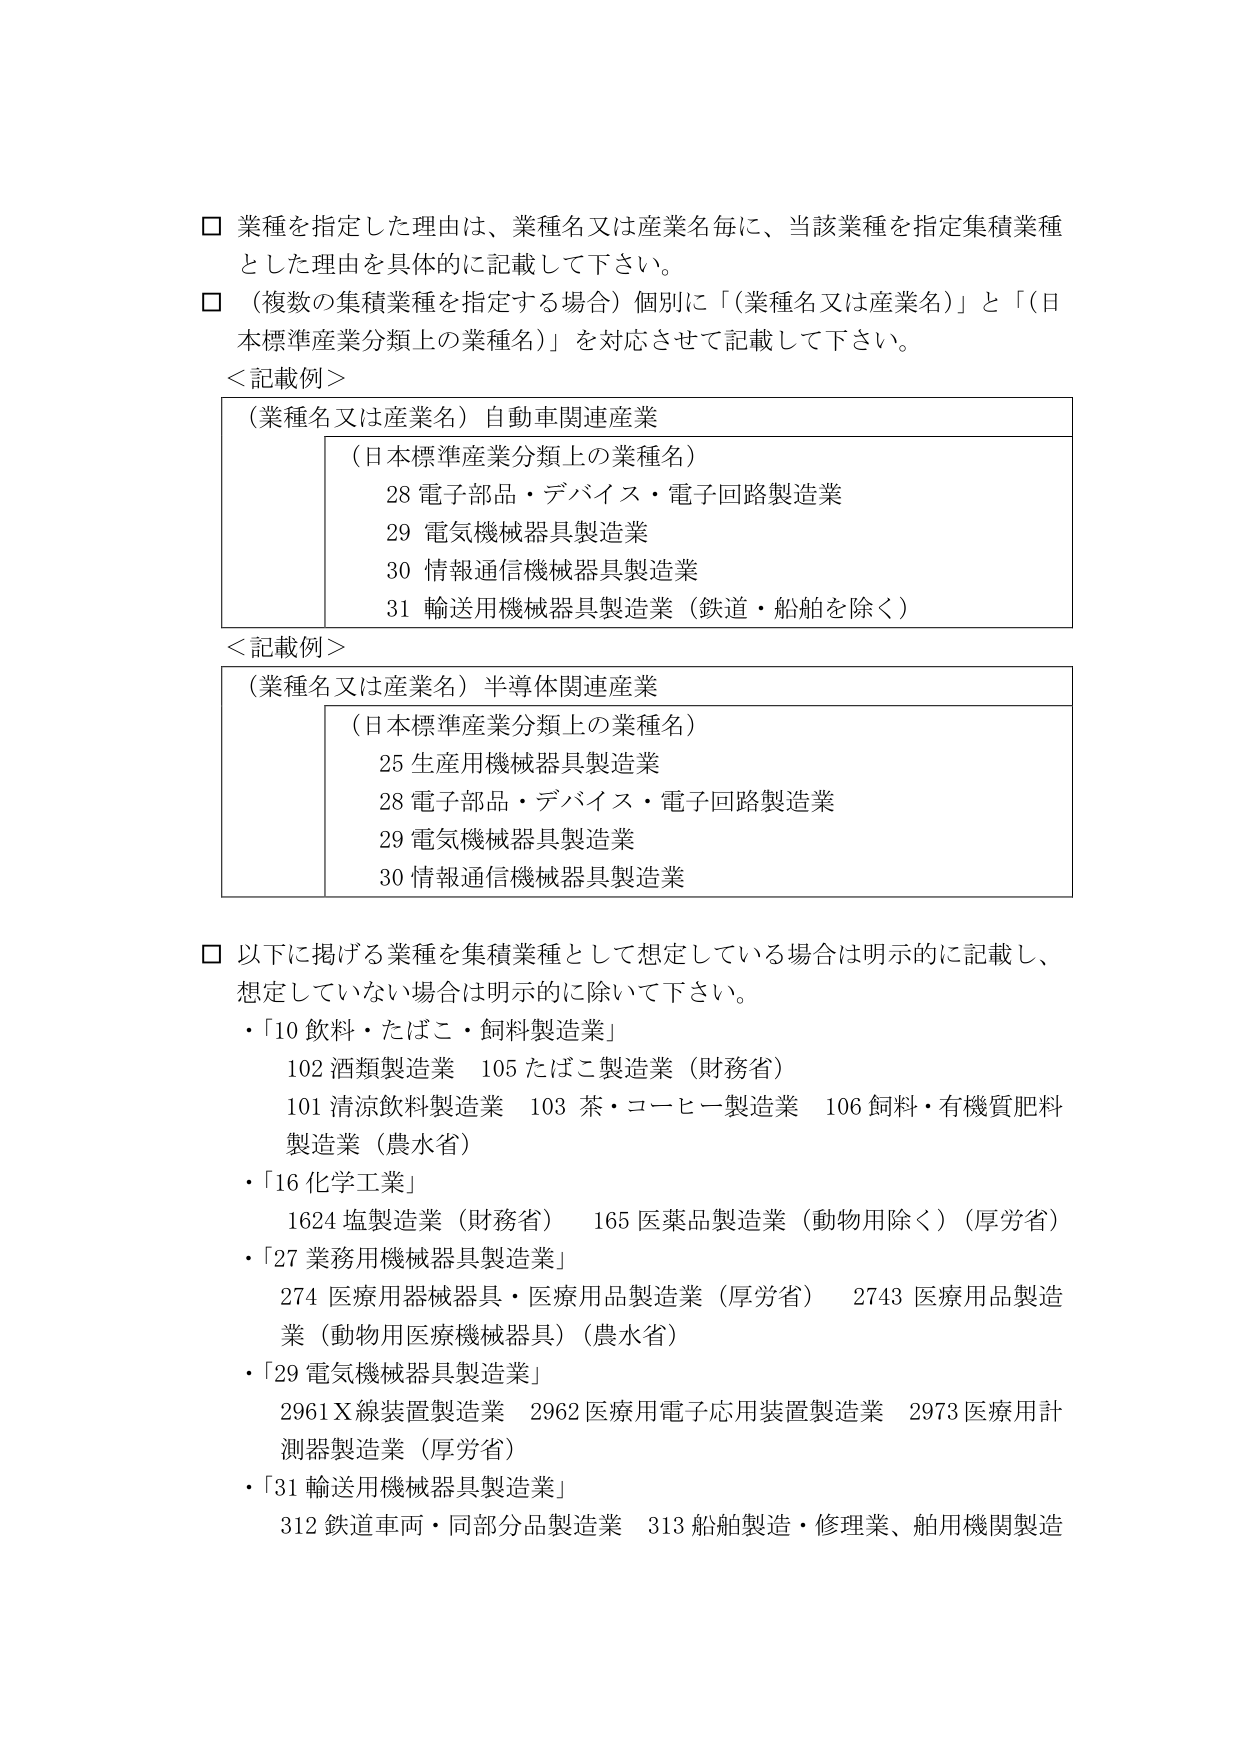
□ 業種を指定した理由は、業種名又は産業名毎に、当該業種を指定集積業種とした理由を具体的に記載して下さい。

□ （複数の集積業種を指定する場合）個別に「（業種名又は産業名）」と「（日本標準産業分類上の業種名）」を対応させて記載して下さい。

＜記載例＞
（業種名又は産業名）自動車関連産業
　（日本標準産業分類上の業種名）
　　28 電子部品・デバイス・電子回路製造業
　　29 電気機械器具製造業
　　30 情報通信機械器具製造業
　　31 輸送用機械器具製造業（鉄道・船舶を除く）

＜記載例＞
（業種名又は産業名）半導体関連産業
　（日本標準産業分類上の業種名）
　　25 生産用機械器具製造業
　　28 電子部品・デバイス・電子回路製造業
　　29 電気機械器具製造業
　　30 情報通信機械器具製造業

□ 以下に掲げる業種を集積業種として想定している場合は明示的に記載し、想定していない場合は明示的に除いて下さい。
・「10 飲料・たばこ・飼料製造業」
　102 酒類製造業　105 たばこ製造業（財務省）
　101 清涼飲料製造業　103 茶・コーヒー製造業　106 飼料・有機質肥料製造業（農水省）
・「16 化学工業」
　1624 塩製造業（財務省）　165 医薬品製造業（動物用除く）（厚労省）
・「27 業務用機械器具製造業」
　274 医療用器械器具・医療用品製造業（厚労省）　2743 医療用品製造業（動物用医療機械器具）（農水省）
・「29 電気機械器具製造業」
　2961 X線装置製造業　2962 医療用電子応用装置製造業　2973 医療用計測器製造業（厚労省）
・「31 輸送用機械器具製造業」
　312 鉄道車両・同部分品製造業　313 船舶製造・修理業、舶用機関製造